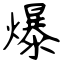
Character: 爆